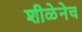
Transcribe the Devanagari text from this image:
शीळेनेच